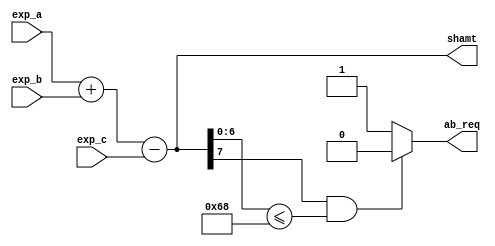
module exp_unit(exp_a,exp_b,exp_c,shamt,ab_req);

	//8 bit inputs exp_a, exp_b and exp_c for the three exponents 
	input [7:0] exp_a, exp_b, exp_c;
	
	//outputs shamt and ab_req for returning shift amount and whether trivial or not
	output [7:0] shamt;
	output ab_req;
	
	assign shamt = exp_a+exp_b-exp_c;
	assign ab_req = (shamt[7] == 1 && shamt[6:0] <= 7'b1101000) ? 1'b0 : 1'b1;
endmodule